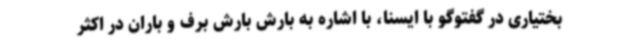
بختیاری در گفتوگو با ایسنا، با اشاره به بارش بارش برف و باران در اکثر